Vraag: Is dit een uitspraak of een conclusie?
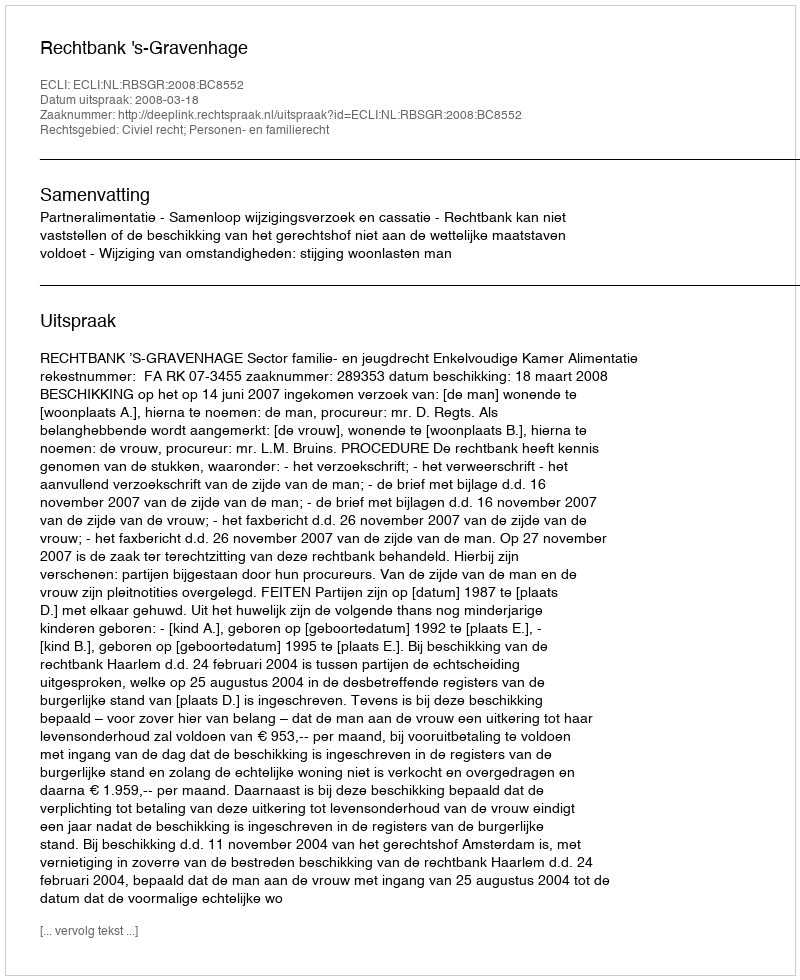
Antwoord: Uitspraak